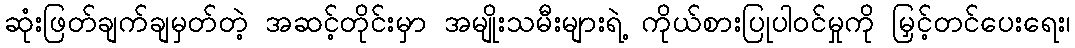
ဆုံးဖြတ်ချက်ချမှတ်တဲ့ အဆင့်တိုင်းမှာ အမျိုးသမီးများရဲ့ ကိုယ်စားပြုပါဝင်မှုကို မြှင့်တင်ပေးရေး၊